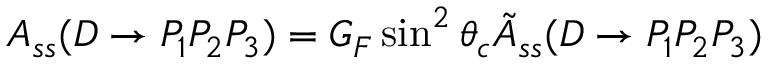
A _ { s s } ( D \rightarrow P _ { 1 } P _ { 2 } P _ { 3 } ) = G _ { F } \sin ^ { 2 } \theta _ { c } \tilde { A } _ { s s } ( D \rightarrow P _ { 1 } P _ { 2 } P _ { 3 } )